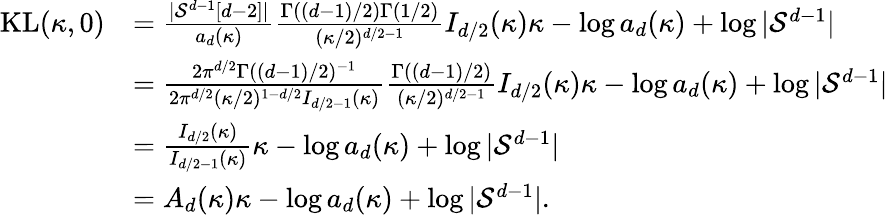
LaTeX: \begin{array}{rl}{\mathrm{KL}(\kappa,0)}&{=\frac{|\mathcal{S}^{d-1}[d-2]|}{a_{d}(\kappa)}\frac{\Gamma((d-1)/2)\Gamma(1/2)}{(\kappa/2)^{d/2-1}}I_{d/2}(\kappa)\kappa-\log a_{d}(\kappa)+\log|\mathcal{S}^{d-1}|}\\ &{=\frac{2\pi^{d/2}\Gamma((d-1)/2)^{-1}}{2\pi^{d/2}(\kappa/2)^{1-d/2}I_{d/2-1}(\kappa)}\frac{\Gamma((d-1)/2)}{(\kappa/2)^{d/2-1}}I_{d/2}(\kappa)\kappa-\log a_{d}(\kappa)+\log|\mathcal{S}^{d-1}|}\\ &{=\frac{I_{d/2}(\kappa)}{I_{d/2-1}(\kappa)}\kappa-\log a_{d}(\kappa)+\log|\mathcal{S}^{d-1}|}\\ &{=A_{d}(\kappa)\kappa-\log a_{d}(\kappa)+\log|\mathcal{S}^{d-1}|.}\end{array}